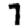
Digit: 7